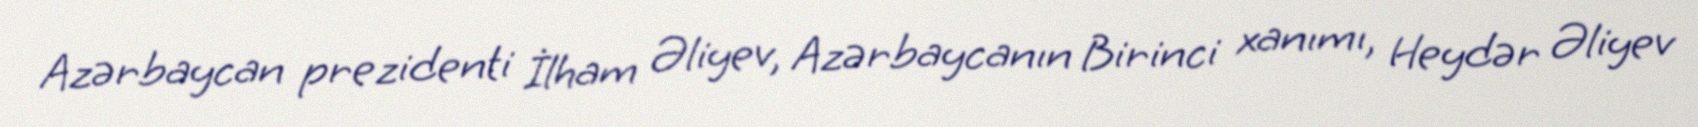
Azərbaycan prezidenti İlham Əliyev, Azərbaycanın Birinci xanımı, Heydər Əliyev